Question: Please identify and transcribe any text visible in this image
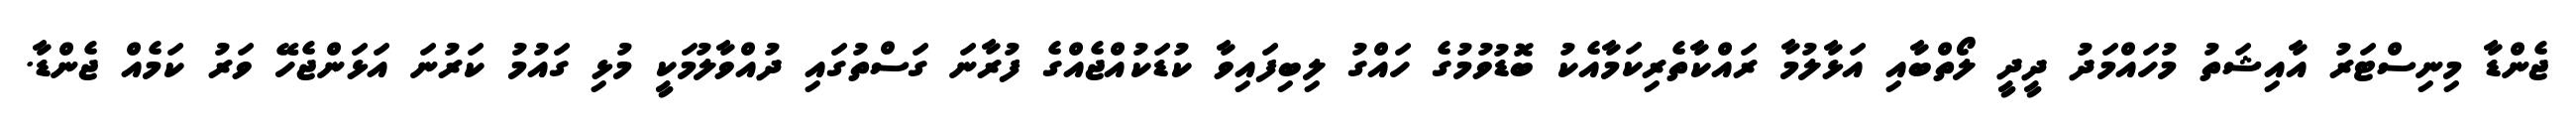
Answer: ޖެންޑާ މިނިސްޓަރު އާއިޝަތު މުހައްމަދު ދީދީ ލޯތްބާއި އަޅާލުމާ ރައްކާތެރިކަމާއެކު ބޮޑުވުމުގެ ހައްގު ލިބިފައިވާ ކުޑަކުއްޖެއްގެ ފުރާނަ ގަސްތުގައި ދުއްވާލުމަކީ މުޅި ގައުމު ކަރުނަ އަޅަންޖެހޭ ވަރު ކަމެއް ޖެންޑާ.